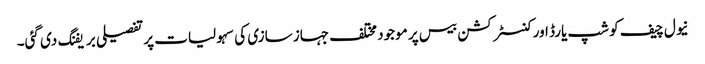
نیول چیف کو شپ یارڈ اور کنسٹرکشن بیس پر موجود مختلف جہاز سازی کی سہولیات پر تفصیلی بریفنگ دی گئی۔